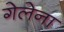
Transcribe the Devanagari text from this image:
गेलेना